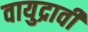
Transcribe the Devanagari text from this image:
वायुद्रावी